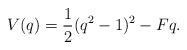
LaTeX: \begin{align*}V(q )= \frac{1}{2}(q^2 - 1)^2 -F q .\end{align*}